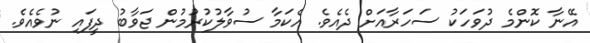
އޭނާ ކޮންމެ ދުވަހަކު ސަހަރާއަށް ދެއެވެ. އެކަމާ ސުވާލުކުރުމުން ޖަވާބު ދީފައި ނުވެއެވެ.